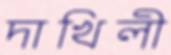
দাখিলী